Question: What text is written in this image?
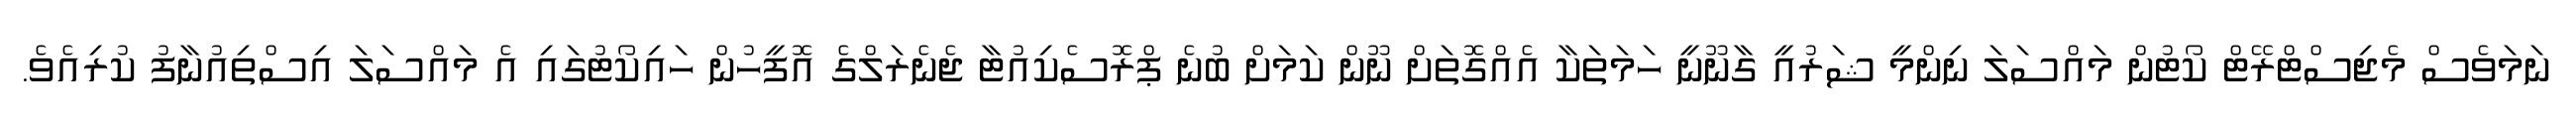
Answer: ނަމަވެސް މެޖިސްޓްރޭޓް ކޯޓުން މައްސަލަ ނިންމީ ޝަރުއީ ގާނޫނީ ހަމަތަކާ އެއްގޮތަށް ނޫން ކަމަށް ބުނެ ޕްރޮސެކިއުޓާ ޖެނެރަލްގެ އޮފީހުން ހައިކޯޓުގައި އެ މައްސަލަ އިސްތިއުނާފު ކުރިއެވެ.